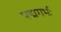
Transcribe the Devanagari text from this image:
पद्मगर्भः